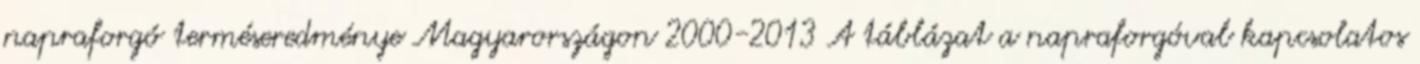
napraforgó terméseredménye Magyarországon 2000-2013 A táblázat a napraforgóval kapcsolatos